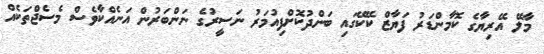
މާލޭ އޭރިޔާގެ ކޮމާންޑަރު ފަޔާޒް ކޭކޭގައި ބަންދުކޮށްފިއުމަރު ނަސީރުގެ ނަންބަރުން އަނެއްކާވެސް މެސެޖްތަކެއް